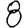
Digit: 8